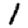
Digit: 1